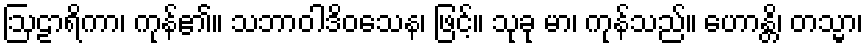
ဩဠာရိကာ၊ ကုန်၏။ သဘာဝါဒိဝသေန၊ ဖြင့်။ သုခု မာ၊ ကုန်သည်။ ဟောန္တိ၊ တသ္မာ၊